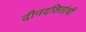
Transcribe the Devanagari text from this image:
दीनदलितांची